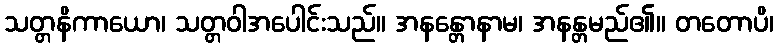
သတ္တနိကာယော၊ သတ္တဝါအပေါင်းသည်။ အနန္တောနာမ၊ အနန္တမည်၏။ တတောပိ၊